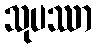
သုပဿာ